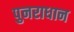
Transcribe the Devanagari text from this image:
पुनराधान